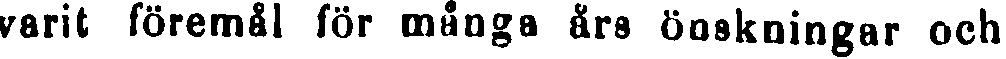
varit föremål för många års önskningar och